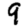
Digit: 9